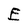
Character: E